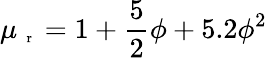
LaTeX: \mu_{\mathrm{~\scriptsize~r~}}=1+\frac{5}{2}\phi+5.2\phi^{2}